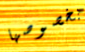
بخصوصها